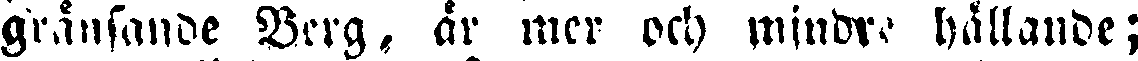
gränsande Berg, är mer och mindre hållande;